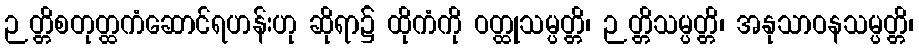
ဉတ္တိစတုတ္ထကံဆောင်ရဟန်းဟု ဆိုရာ၌ ထိုကံကို ဝတ္ထုသမ္ပတ္တိ၊ ဉတ္တိသမ္ပတ္တိ၊ အနုသာဝနသမ္ပတ္တိ၊